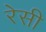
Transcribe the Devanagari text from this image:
रेसी